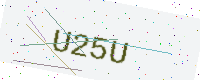
Text: U25U